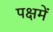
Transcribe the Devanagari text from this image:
पक्षमें